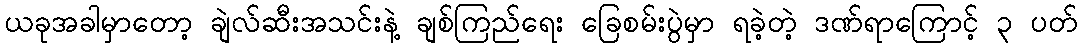
ယခုအခါမှာတော့ ချဲလ်ဆီးအသင်းနဲ့ ချစ်ကြည်ရေး ခြေစမ်းပွဲမှာ ရခဲ့တဲ့ ဒဏ်ရာကြောင့် ၃ ပတ်